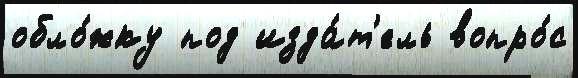
обло́жку под изда́т'ель вопро́с